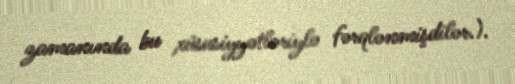
zamanında bu xüsusiyyətləriylə fərqlənmişdilər.).